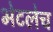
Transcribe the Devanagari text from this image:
भेटलेच